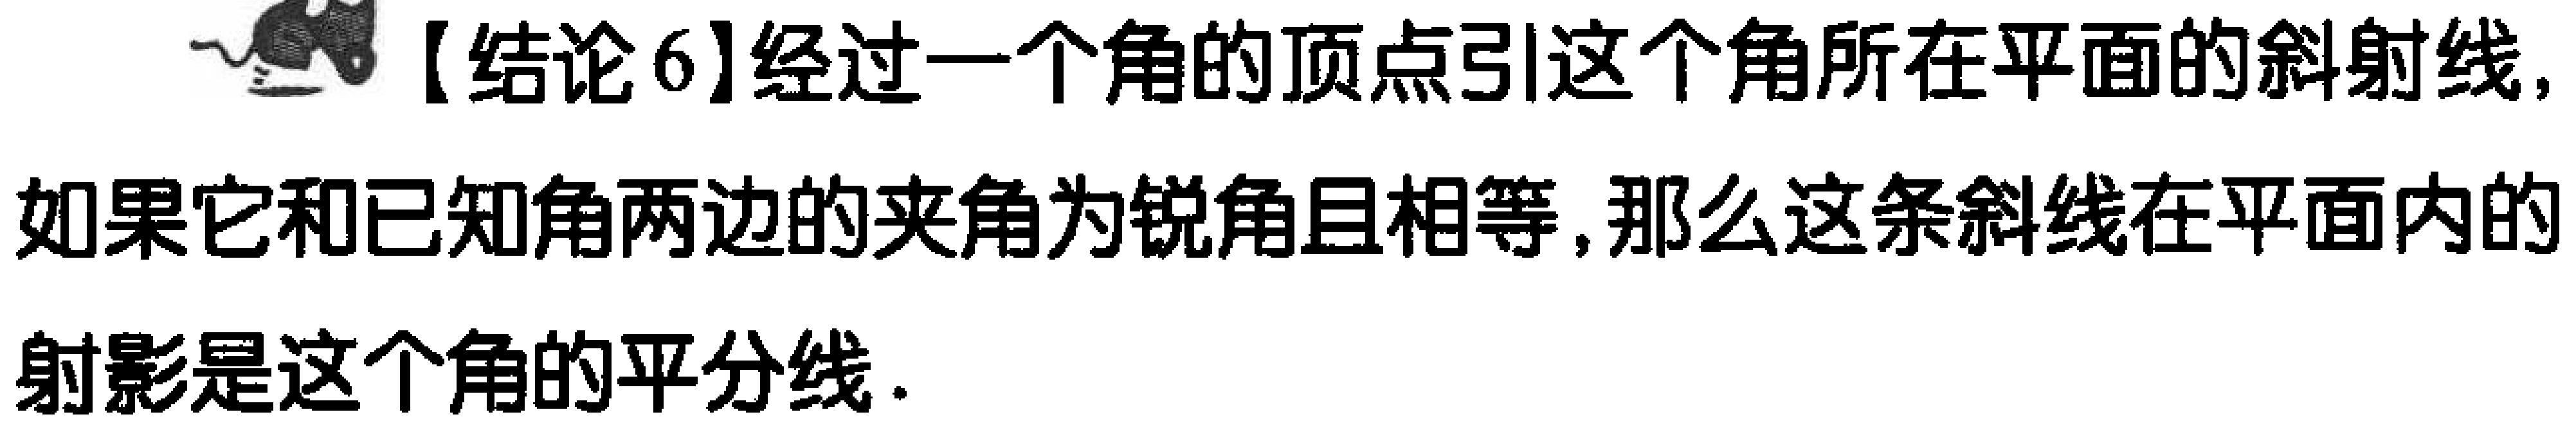
【结论6】经过一个角的顶点引这个角所在平面的斜射线，如果它和已知角两边的夹角为锐角且相等，那么这条斜线在平面内的射影是这个角的平分线.